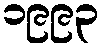
၁၉၉၃